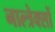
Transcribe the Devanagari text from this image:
नाल्त्रेक्सों